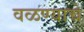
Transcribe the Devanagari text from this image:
वळण्याचे